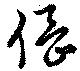
倡